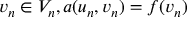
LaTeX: v _ { n } \in V _ { n } , a ( u _ { n } , v _ { n } ) = f ( v _ { n } )